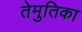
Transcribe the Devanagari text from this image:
तेमुतिका